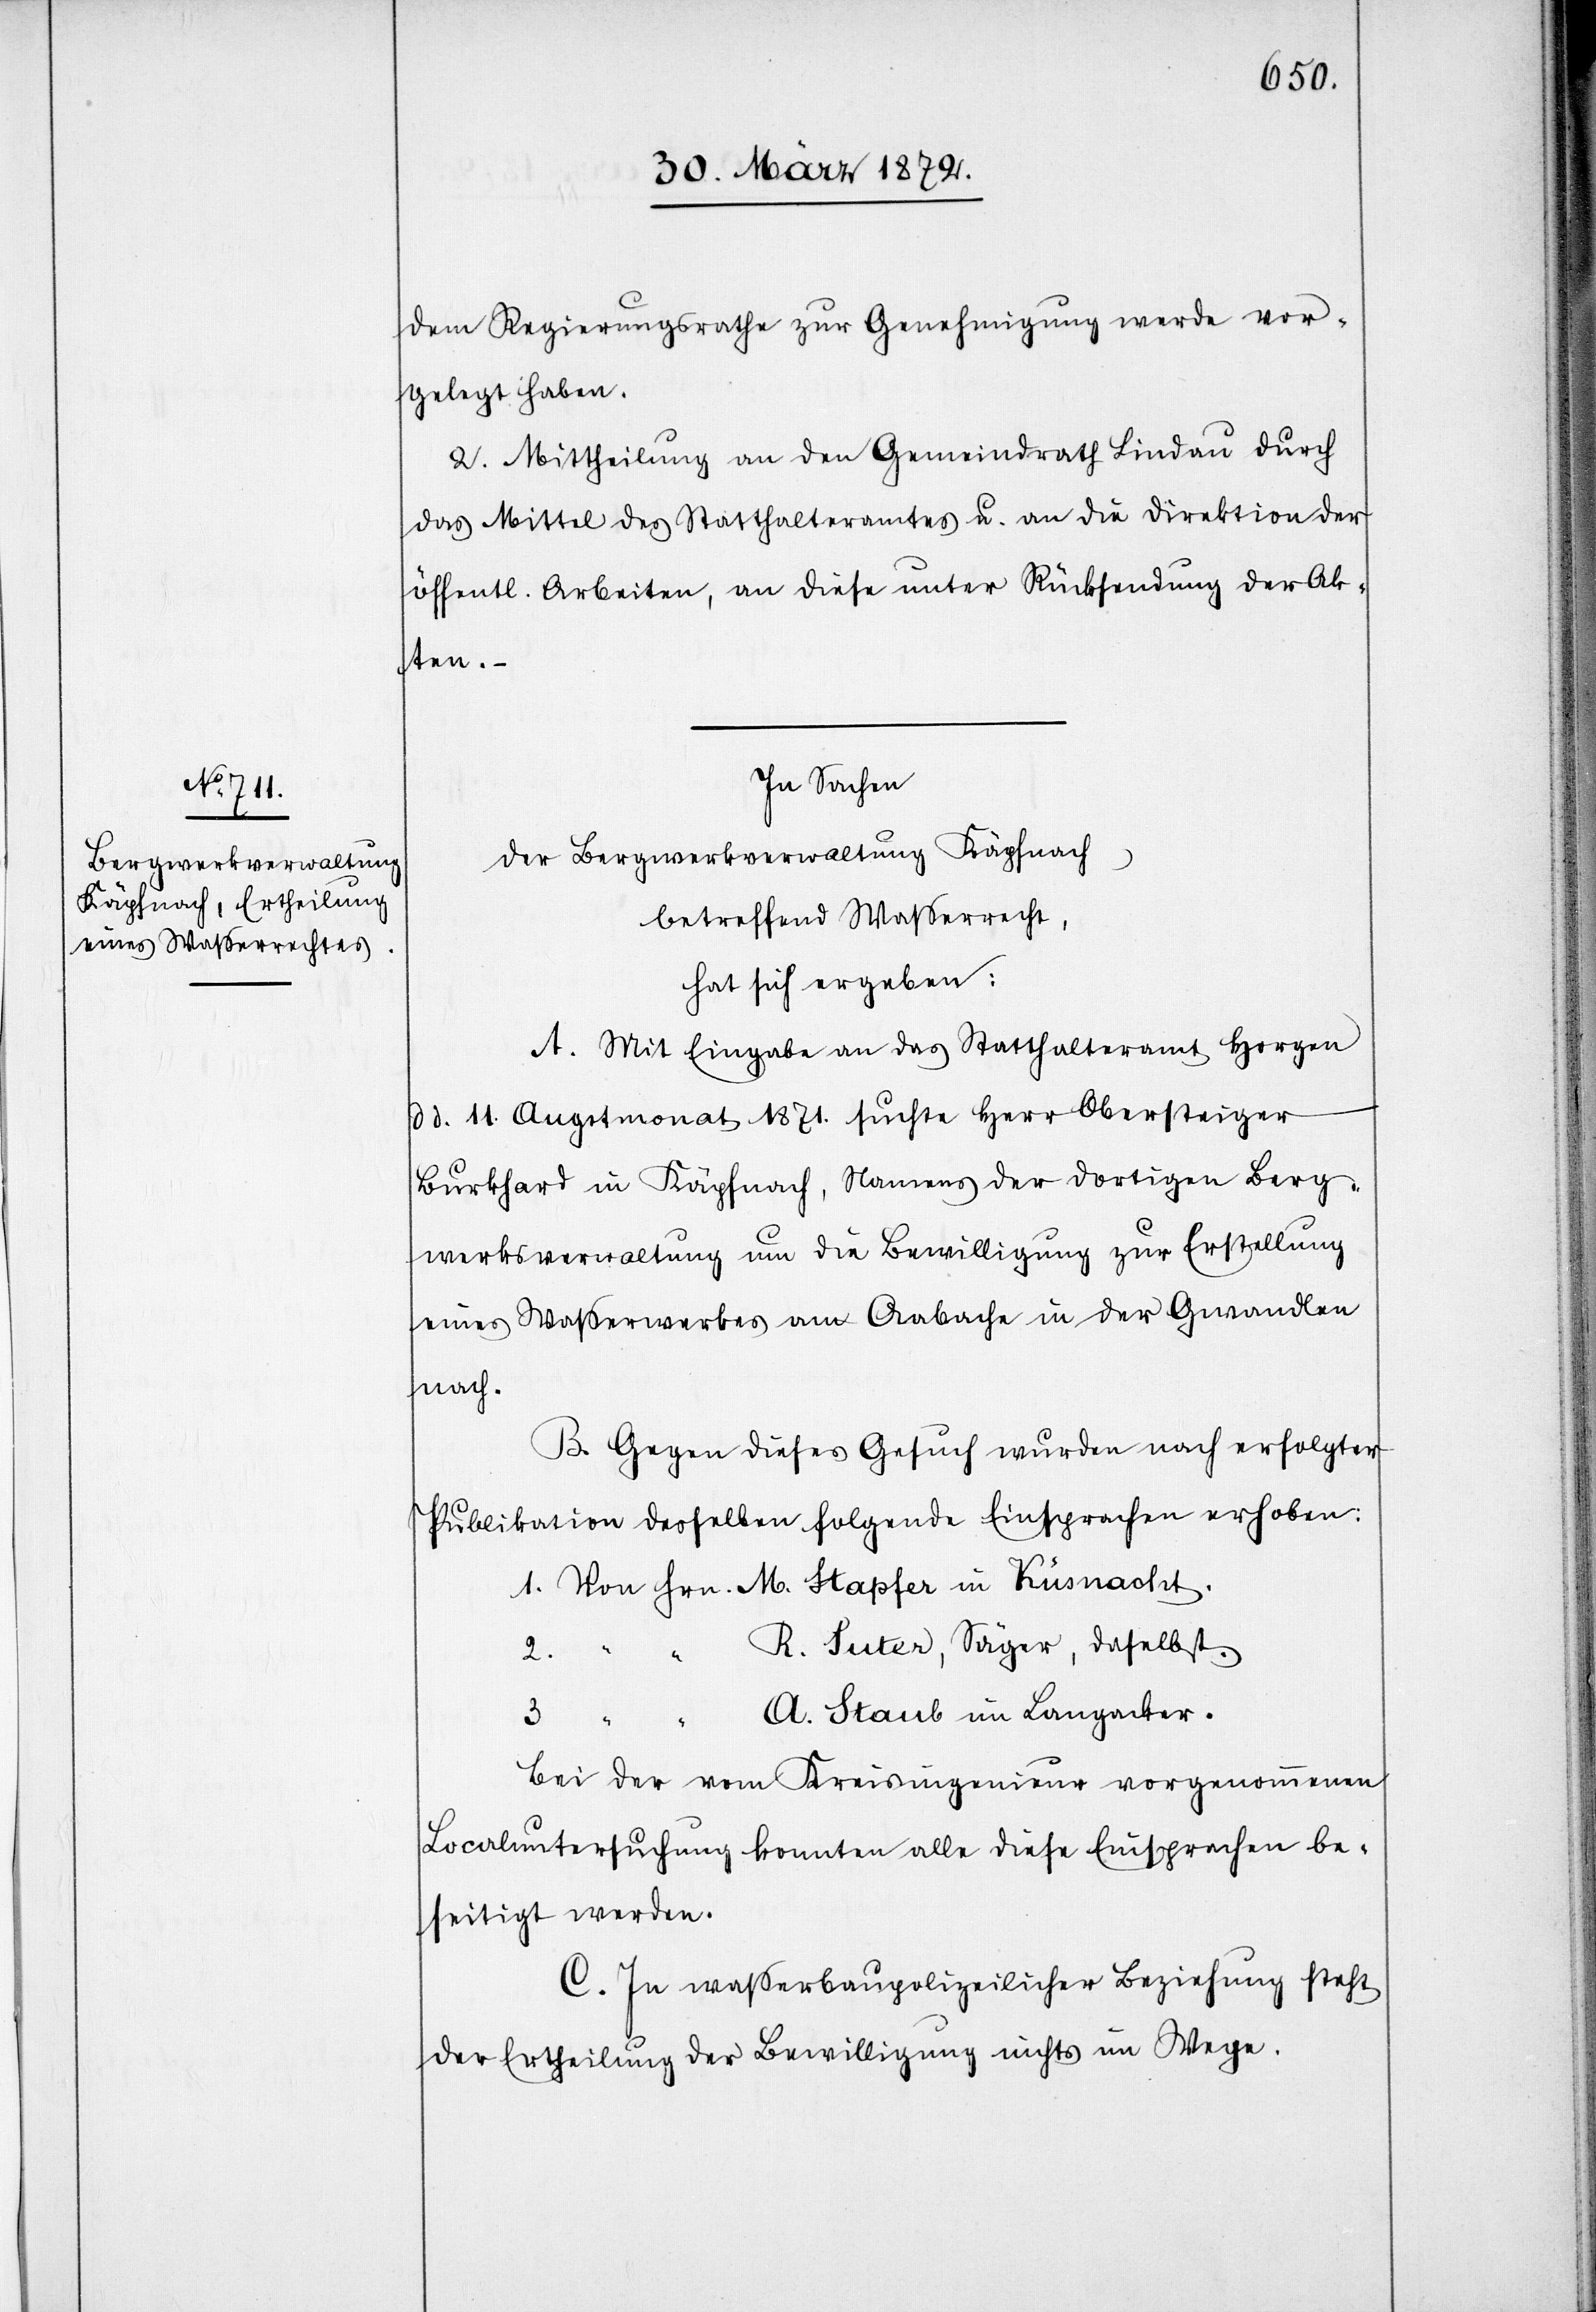
nacht.

dem Regierungsrathe zur Genehmigung werde vor¬
gelegt haben.
2. Mittheilung an den Gemeindrath Lindau durch
das Mittel des Statthalteramtes u. an die Direktion der
öffentl. Arbeiten, an diese unter Rücksendung der Ak¬
ten.
In Sachen
der Bergwerkverwaltung Käpfnach,
betreffend Wasserrecht,
hat sich ergeben:
A. Mit Eingabe an das Statthalteramt Horgen
d d. 11. Augstmonat 1871. suchte Herr Obersteiger
Burkhard in Käpfnach, Namens der dortigen Berg¬
werkverwaltung um die Bewilligung zur Erstellung
eines Wasserwerkes am Aabache in der Gwandlen
nach.
B. Gegen dieses Gesuch wurden nach erfolgter
Publikation desselben folgende Einsprachen erhoben:
R. Suter, Säger, daselbst.
3.
A. Staub im Langacker.
Bei der vom Kreisingenieur vorgenommenen
Localuntersuchung konnten alle diese Einsprachen be¬
seitigt werden.
C. In wasserbaupolizeilicher Beziehung steht
der Ertheilung der Bewilligung nichts im Wege.